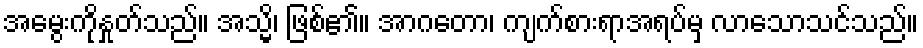
အမွေးကိုနှုတ်သည်။ အသ္မိ၊ ဖြစ်၏။ အာဂတော၊ ကျက်စားရာအရပ်မှ လာသောသင်သည်။